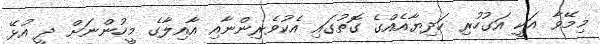
މިމޭވާ އަކީ އަގުހުރި ހަދިޔާއެއްގެ ގޮތުގައި އެކުވެރިންނާއި އާއިލާގެ މީހުންނަށް ދީ އުޅޭ